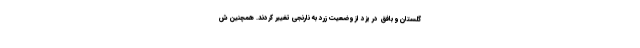
گلستان و بافق در یزد از وضعیت زرد به نارنجی تغییر کردند. همچنین ش